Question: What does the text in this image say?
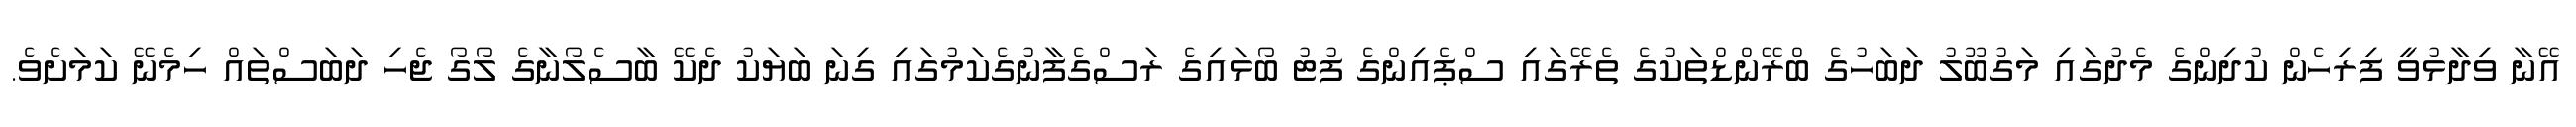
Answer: އޭނާ ވިދާޅުވީ ފިރިހެން ކުދިންގެ މެދުގައި މަގުބޫލު ދަބަހުގެ ބްރޭންޑްތަކުގެ ތެރޭގައި ސްޕެއިންގެ ފުޓު ބޯޅައިގެ ރަސްގެފާނުގެކަމުގައި ގިނަ ބަޔަކު ދެކޭ ބާސެލޯނާގެ ލޯގޯ ޖެހި ދަބަސްތައް ހިމެނޭ ކަމަށެވެ.